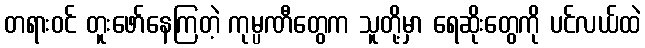
တရားဝင် တူးဖော်နေကြတဲ့ ကုမ္ပဏီတွေက သူတို့မှာ ရေဆိုးတွေကို ပင်လယ်ထဲ